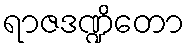
ရာဇဒဏ္ဍိတော